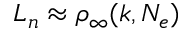
L _ { n } \approx \rho _ { \infty } ( k , N _ { e } )